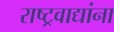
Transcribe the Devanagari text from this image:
राष्ट्रवाद्यांना